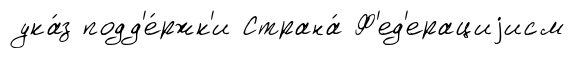
ука́з подд'е́ржк'и Страна́ Ф'ед'ерациjисм